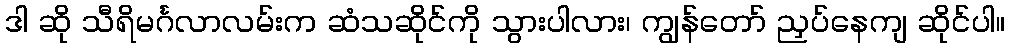
ဒါ ဆို သီရိမင်္ဂလာလမ်းက ဆံသဆိုင်ကို သွားပါလား၊ ကျွန်တော် ညှပ်နေကျ ဆိုင်ပါ။